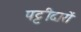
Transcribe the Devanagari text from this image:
पट्टीदारों